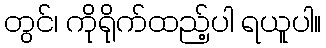
တွင်၊ ကိုရိုက်ထည့်ပါ ရယူပါ။